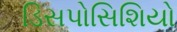
ડિસપોસિશિયો